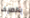
بالصيف